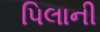
પિલાની